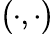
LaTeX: \big(\cdot,\cdot\big)